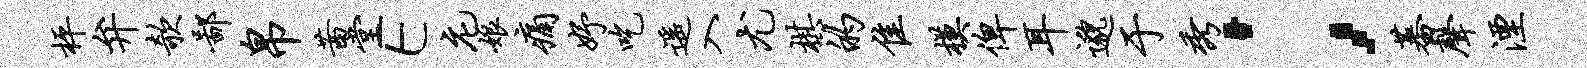
枰弁欹鄙帛茜堂E庀娘痛妤吃遥入尤棋的隹模俾耳邈于秀；蕃声湮